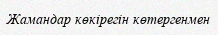
Жамандар көкірегін көтергенмен